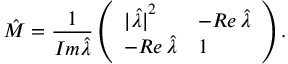
\hat { \cal M } = { \frac { 1 } { { \cal I } m \hat { \lambda } } } \left( \begin{array} { l l } { { | \hat { \lambda | } ^ { 2 } } } & { { - { \cal R } e \, \hat { \lambda } } } \\ { { - { \cal R } e \, \hat { \lambda } } } & { { 1 } } \end{array} \right) .